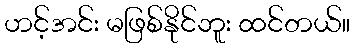
ဟင့်အင်း မဖြစ်နိုင်ဘူး ထင်တယ်။